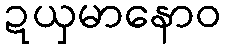
ဍယှမာနောဝ